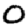
Digit: 0